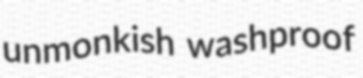
unmonkish washproof